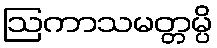
ဩကာသမတ္တမ္ပိ